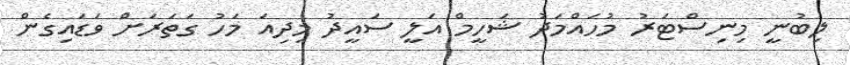
ލިބުނީ މިނިސްޓަރު މުހައްމަދު ޝަހީމް އަލީ ސައީދު މިދިއަ މަހު ގަތަރަށް ވަޑައިގެން